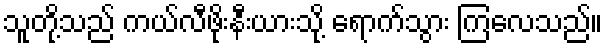
သူတို့သည် ကယ်လီဖိုးနီးယားသို့ ရောက်သွား ကြလေသည်။